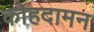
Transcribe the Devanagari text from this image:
कोहदामन